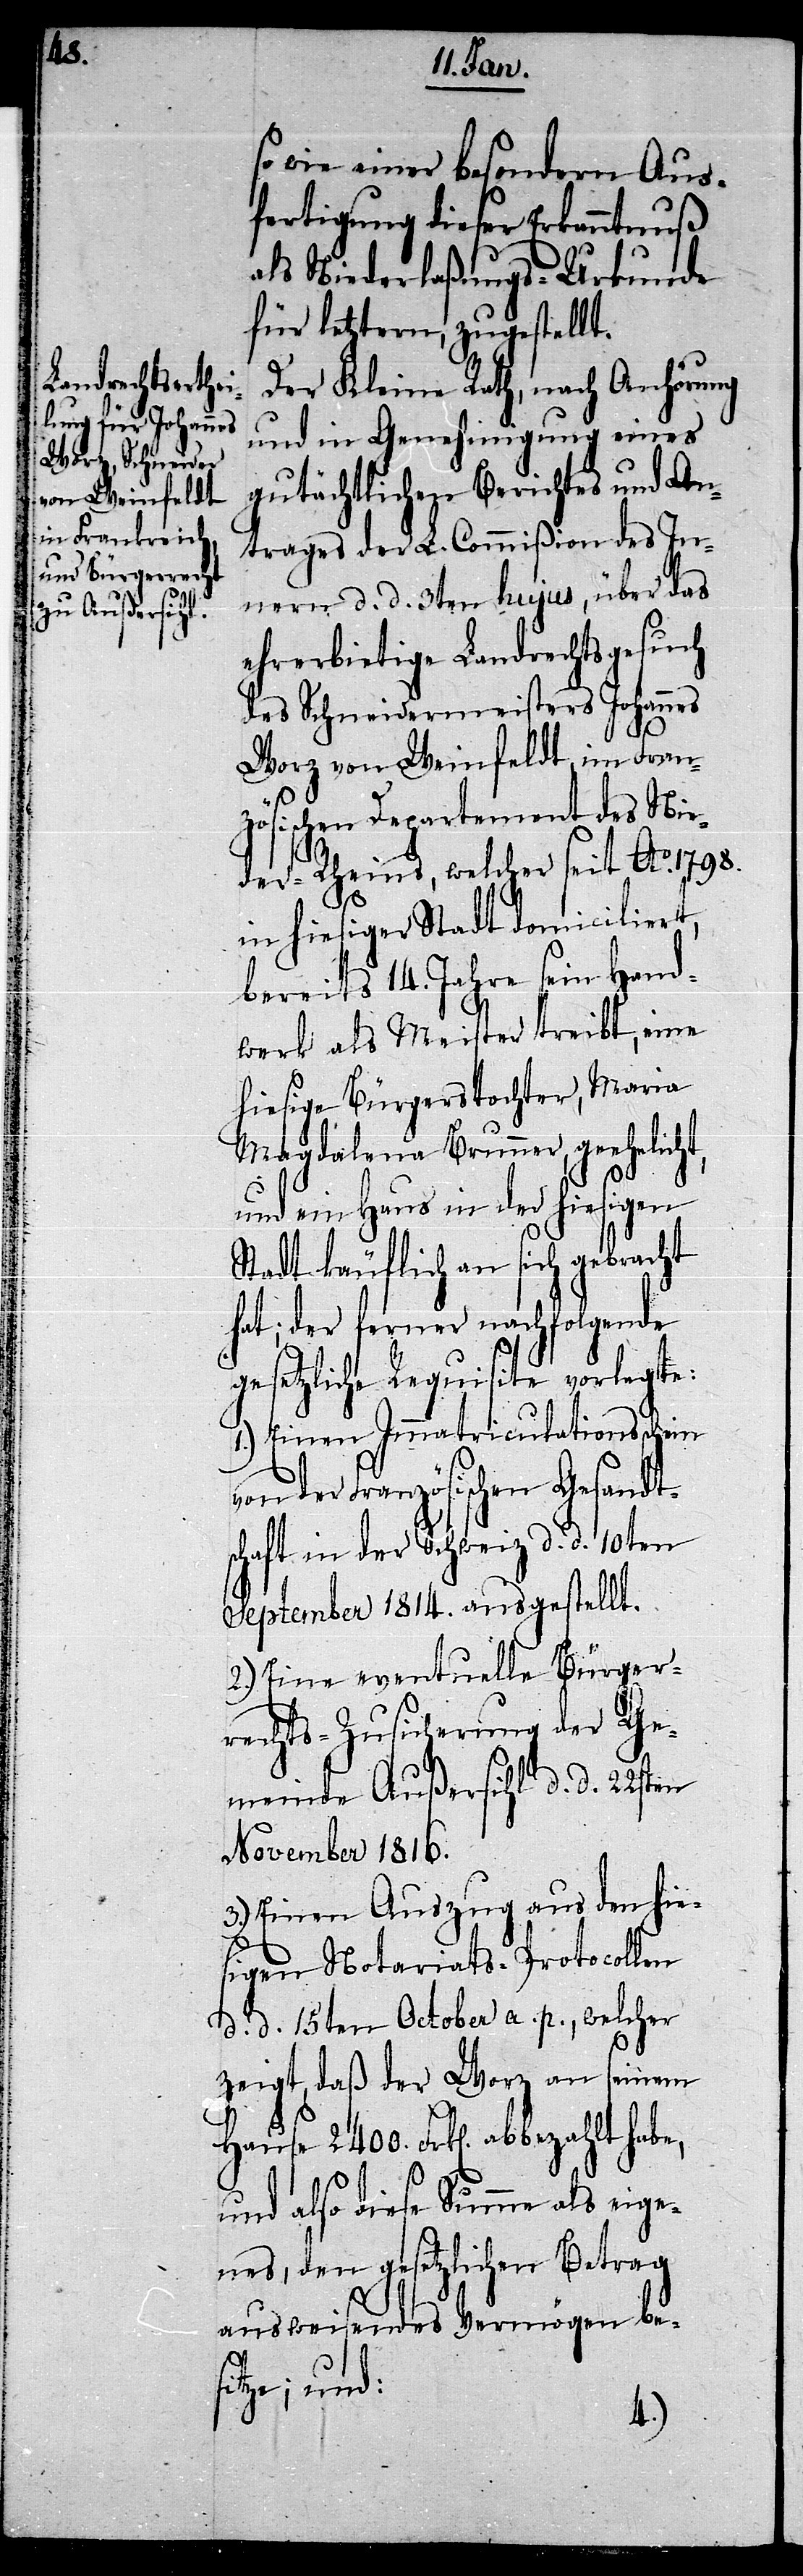
so wie einer besondern Aus¬
fertigung dieser Erkanntnuß
als Niederlaßungs-Urkunde
für letztern, zugestellt.
Der Kleine Rath, nach Anhörung
und in Genehmigung eines
gutächtlichen Berichtes und An¬
trages der L. Commißion des In¬
nern d. d. 3ten hujus, über das
des Schneidermeisters Johannes
Worz von Weinfeldt, im Fran¬
zösischen Departement des Nie¬
der-Rheins, welcher seit Ao. 1798.
in hiesiger Stadt domiciliert,
bereits 14. Jahre sein Hand¬
werk als Meister treibt, eine
hiesige Bürgerstochter, Maria
Magdalena Brunner, geehelicht,
und ein Haus in der hiesigen
Stadt käuflich an sich gebracht
hat; der ferner nachfolgende
gesetzliche Requisite vorlegte:
1.) Einen Immatriculationsschein
der Französischen Gesandt¬
schaft in der Schweiz d. d. 10ten
September 1814. ausgestellt.
2.) Eine eventuelle Bürger¬
rechts-Zusicherung der Ge¬
meinde Außersihl d. d. 22sten
November 1816.
3.) Einen Auszug aus den hie¬
sigen Notariats-Protocollen
d. d. 15ten October a p., welcher
zeigt, daß der Worz an seinem
Hause 2400. Frk[en]. abbezahlt habe,
und also diese Summe als eige¬
nes, den gesetzlichen Betrag
ausweisendes Vermögen be¬
sitze; und: